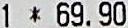
1 * 69.90